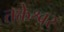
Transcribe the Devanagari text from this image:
तक्तेश्वर